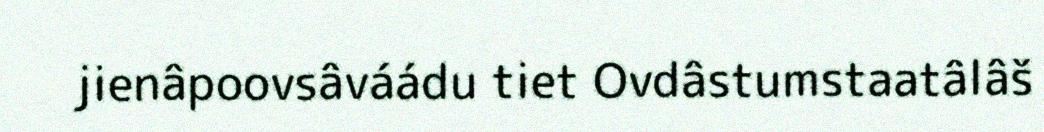
jienâpoovsâváádu tiet Ovdâstumstaatâlâš